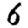
Digit: 6